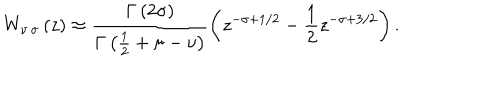
W _ { \nu \, \sigma } \left( z \right) \approx \frac { \Gamma \left( 2 \sigma \right) } { \Gamma \left( \frac { 1 } { 2 } + \sigma - \nu \right) } \left( z ^ { - \sigma + 1 / 2 } - \frac { 1 } { 2 } z ^ { - \sigma + 3 / 2 } \right) .